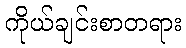
ကိုယ်ချင်းစာတရား